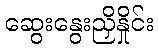
ဆွေးနွေးညှိနှိုင်း